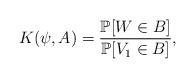
LaTeX: \begin{align*}K(\psi, A)=\frac{\mathbb{P}[W\in B]}{\mathbb{P}[V_1 \in B]},\end{align*}